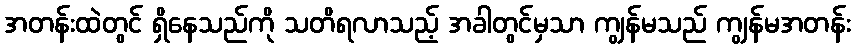
အတန်းထဲတွင် ရှိနေသည်ကို သတိရလာသည့် အခါတွင်မှသာ ကျွန်မသည် ကျွန်မအတန်း